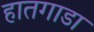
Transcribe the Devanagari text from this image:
हातगाडा